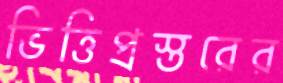
ভিত্তিপ্রস্তরের